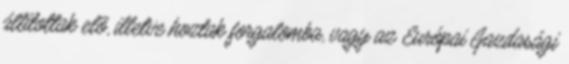
állítottak elõ, illetve hoztak forgalomba, vagy az Európai Gazdasági